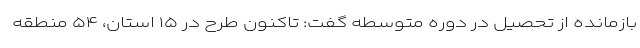
بازمانده از تحصیل در دوره متوسطه گفت: تاکنون طرح در ۱۵ استان، ۵۴ منطقه